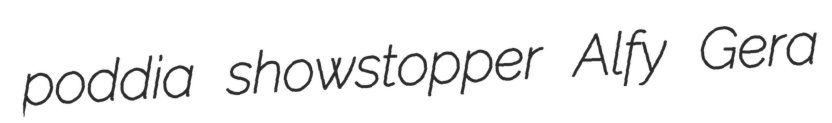
poddia showstopper Alfy Gera